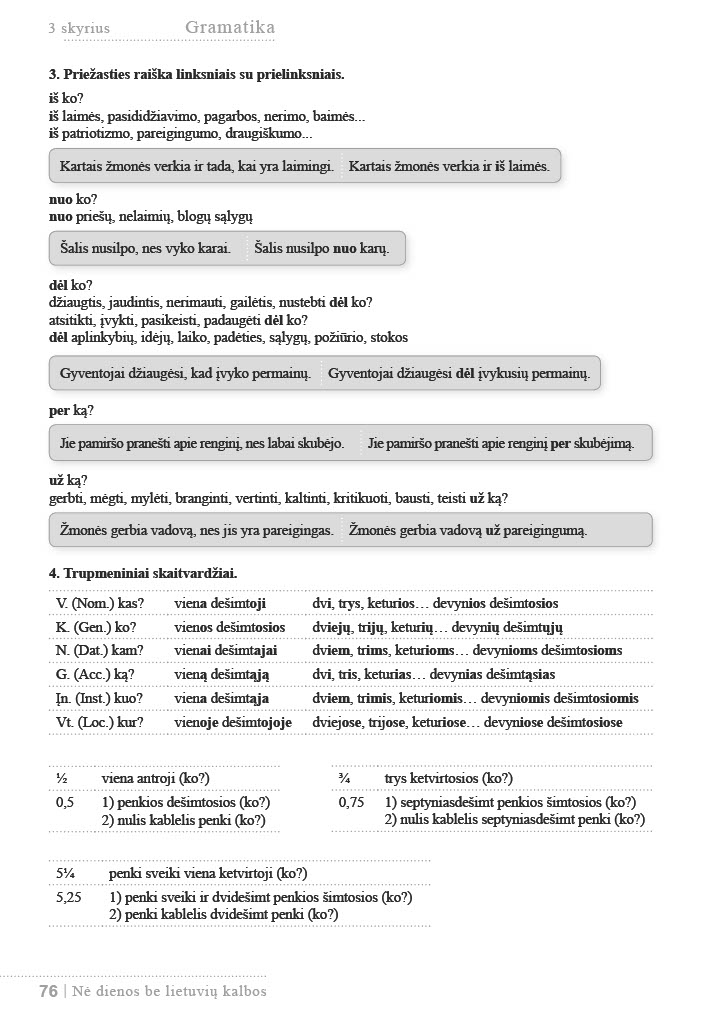
Language: lt